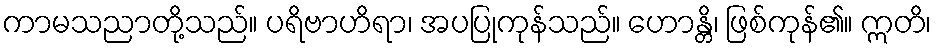
ကာမသညာတို့သည်။ ပရိဗာဟိရာ၊ အပပြုကုန်သည်။ ဟောန္တိ၊ ဖြစ်ကုန်၏။ ဣတိ၊